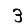
Digit: 3